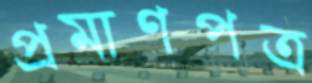
প্রমাণপত্র